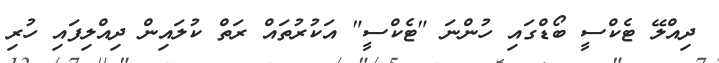
ދިއްލޭ ޓެކްސީ ބޯޑްގައި ހުންނަ "ޓެކްސީ" އަކުރުތައް ރަތް ކުލައިން ދިއްލިފައި ހުރި